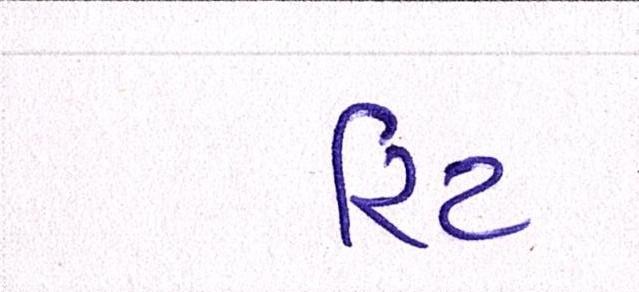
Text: રિટ